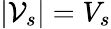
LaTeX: |\mathcal{V}_{s}|=V_{s}